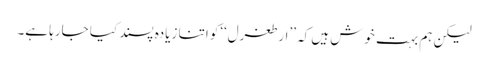
لیکن ہم بہت خوش ہیں کہ ’’ارطغرل‘‘کو اتنا زیادہ پسند کیا جارہا ہے۔